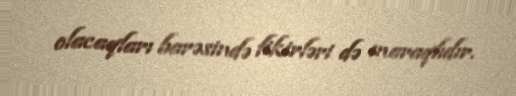
olacaqları barəsində fikirləri də maraqlıdır.